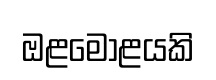
ඔළමොළයකි